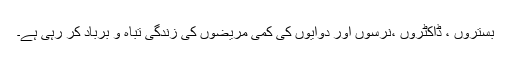
بستروں ، ڈاکٹروں ،نرسوں اور دوایوں کی کمی مریضوں کی زندگی تباہ و برباد کر رہی ہے۔